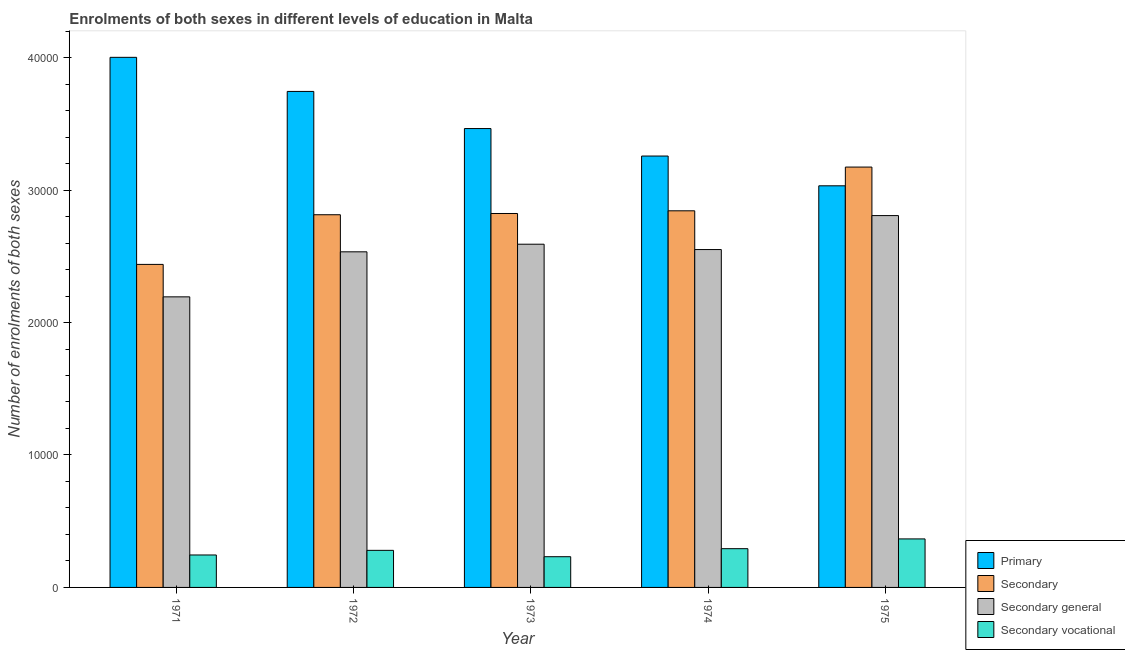
| Year | Primary | Secondary | Secondary general | Secondary vocational |
 | --- | --- | --- | --- | --- |
 | 1971 | 4e+04 | 2.44e+04 | 2.19e+04 | 2.45e+03 |
 | 1972 | 3.74e+04 | 2.81e+04 | 2.53e+04 | 2.8e+03 |
 | 1973 | 3.46e+04 | 2.82e+04 | 2.59e+04 | 2.32e+03 |
 | 1974 | 3.26e+04 | 2.84e+04 | 2.55e+04 | 2.92e+03 |
 | 1975 | 3.03e+04 | 3.17e+04 | 2.81e+04 | 3.66e+03 |